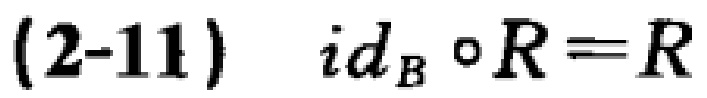
(2-11) \(\mathrm{id}_B \circ R \equiv R\)